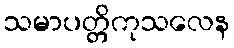
သမာပတ္တိကုသလေန